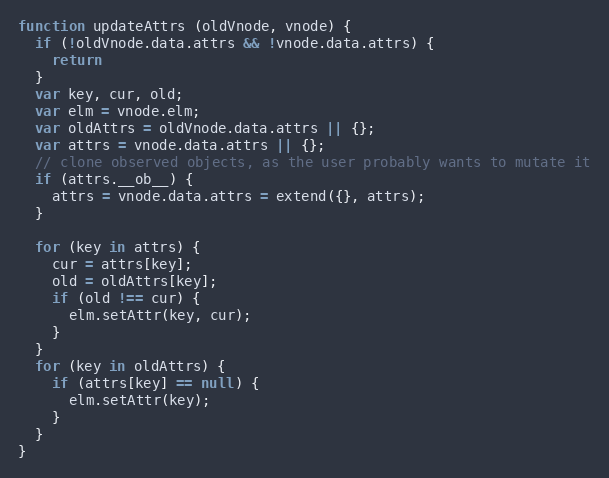
Language: JavaScript
function updateAttrs (oldVnode, vnode) {
  if (!oldVnode.data.attrs && !vnode.data.attrs) {
    return
  }
  var key, cur, old;
  var elm = vnode.elm;
  var oldAttrs = oldVnode.data.attrs || {};
  var attrs = vnode.data.attrs || {};
  // clone observed objects, as the user probably wants to mutate it
  if (attrs.__ob__) {
    attrs = vnode.data.attrs = extend({}, attrs);
  }

  for (key in attrs) {
    cur = attrs[key];
    old = oldAttrs[key];
    if (old !== cur) {
      elm.setAttr(key, cur);
    }
  }
  for (key in oldAttrs) {
    if (attrs[key] == null) {
      elm.setAttr(key);
    }
  }
}